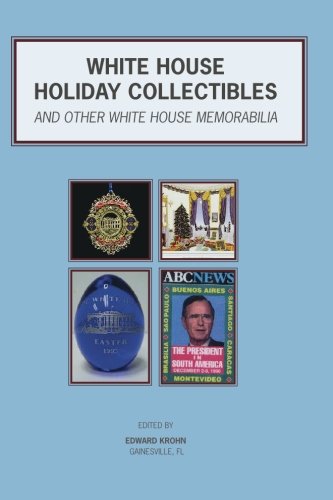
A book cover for White House Holiday Collectibles: Christmas Cards & Ornaments, Easter Eggs, Holiday Programs, Laminated Press Passes for Presidential Trips; Edward Krohn; Crafts, Hobbies & Home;